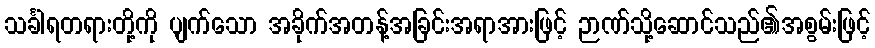
သင်္ခါရတရားတို့ကို ပျက်သော အခိုက်အတန့်အခြင်းအရာအားဖြင့် ဉာဏ်သို့ဆောင်သည်၏အစွမ်းဖြင့်